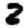
Digit: 2